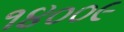
૧૪૦૦૯